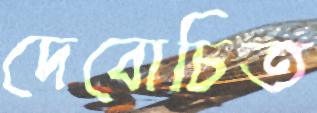
দেবোচিত